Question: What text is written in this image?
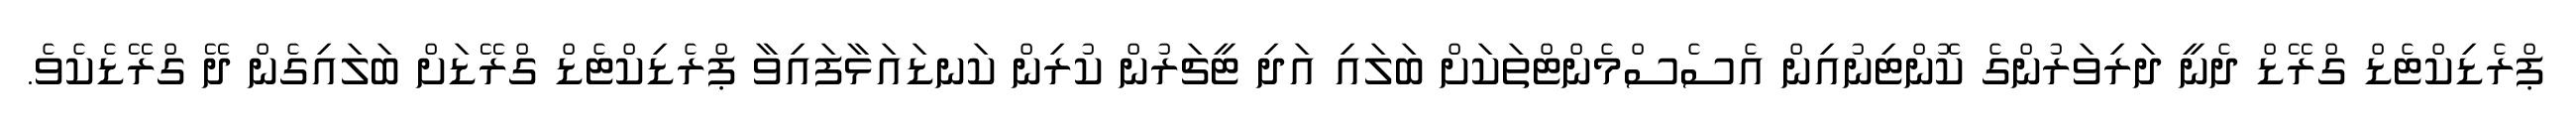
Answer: ޕްރެޑިކްޓެޑް ގްރޭޑް ދެނީ ދަރިވަރުންގެ ކޮންޓިނުއިން އެސެސްމެންޓްތަކަށް ބަލައި އަދި ޓީޗަރުން ކުރިން ކަނޑައަޅާފައިވާ ޕްރެޑިކްޓެޑް ގްރޭޑަށް ބަލައިގެން ދޭ ގްރޭޑެކެވެ.